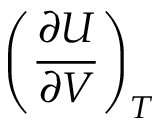
\left( { \frac { \partial U } { \partial V } } \right) _ { T }